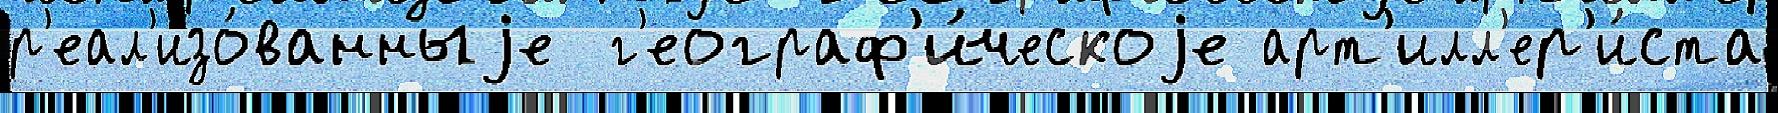
р'еал'изо́ванныjе  г'еограф'и́ческоjе арт'илл'ер'и́ста